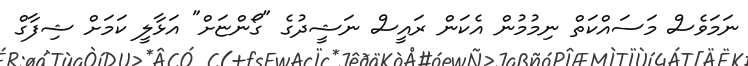
ނަމަވެސް މަސައްކަތް ނިމުމުން އެކަން ރައީސް ނަޝީދުގެ "ގޯންޏަށް" އަޅާލީ ކަމަށް ޝިފާގް